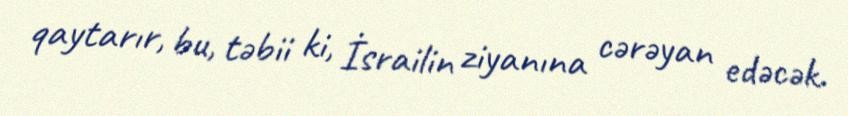
qaytarır, bu, təbii ki, İsrailin ziyanına cərəyan edəcək.